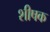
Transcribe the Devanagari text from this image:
शीषक